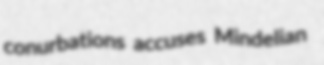
conurbations accuses Mindelian